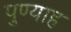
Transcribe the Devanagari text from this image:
पुण्याह